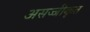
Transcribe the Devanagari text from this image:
असज्जीकृत